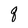
Character: q